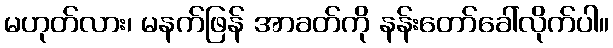
မဟုတ်လား၊ မနက်ဖြန် အာခတ်ကို နန်းတော်ခေါ်လိုက်ပါ။